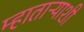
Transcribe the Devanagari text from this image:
म्हाताऱ्याशी